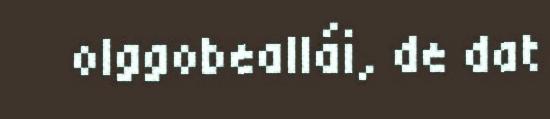
olggobeallái, de dat